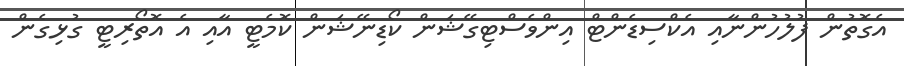
އެގޮތުން ފުލުހުންނާއި އެކްސިޑެންޓް އިންވެސްޓިގޭޝަން ކޯޑިނޭޝަން ކޮމެޓީ އާއި އެ އޮތޯރިޓީ ގުޅިގެން